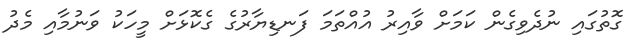
ގޮތުގައި ނުދެވިގެން ކަމަށް ވާއިރު އުއްތަމަ ފަނޑިޔާރުގެ ގެކޮޅަށް މީހަކު ވަނުމާއި މެދު